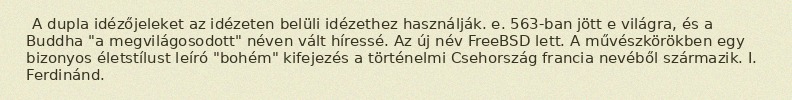
A dupla idézőjeleket az idézeten belüli idézethez használják. e. 563-ban jött e világra, és a Buddha "a megvilágosodott" néven vált híressé. Az új név FreeBSD lett. A művészkörökben egy bizonyos életstílust leíró "bohém" kifejezés a történelmi Csehország francia nevéből származik. I. Ferdinánd.